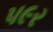
પ૯ર